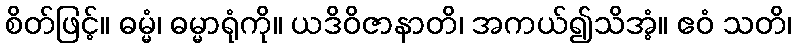
စိတ်ဖြင့်။ ဓမ္မံ၊ ဓမ္မာရုံကို။ ယဒိဝိဇာနာတိ၊ အကယ်၍သိအံ့။ ဧဝံ သတိ၊